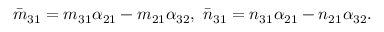
\begin{array} { r } { \bar { m } _ { 3 1 } = m _ { 3 1 } \alpha _ { 2 1 } - m _ { 2 1 } \alpha _ { 3 2 } , ~ \bar { n } _ { 3 1 } = n _ { 3 1 } \alpha _ { 2 1 } - n _ { 2 1 } \alpha _ { 3 2 } . } \end{array}